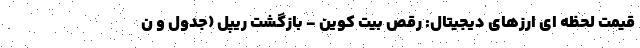
قیمت لحظه ای ارزهای دیجیتال: رقص بیت کوین - بازگشت ریپل (جدول و ن